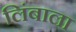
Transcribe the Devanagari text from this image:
लिंबाला